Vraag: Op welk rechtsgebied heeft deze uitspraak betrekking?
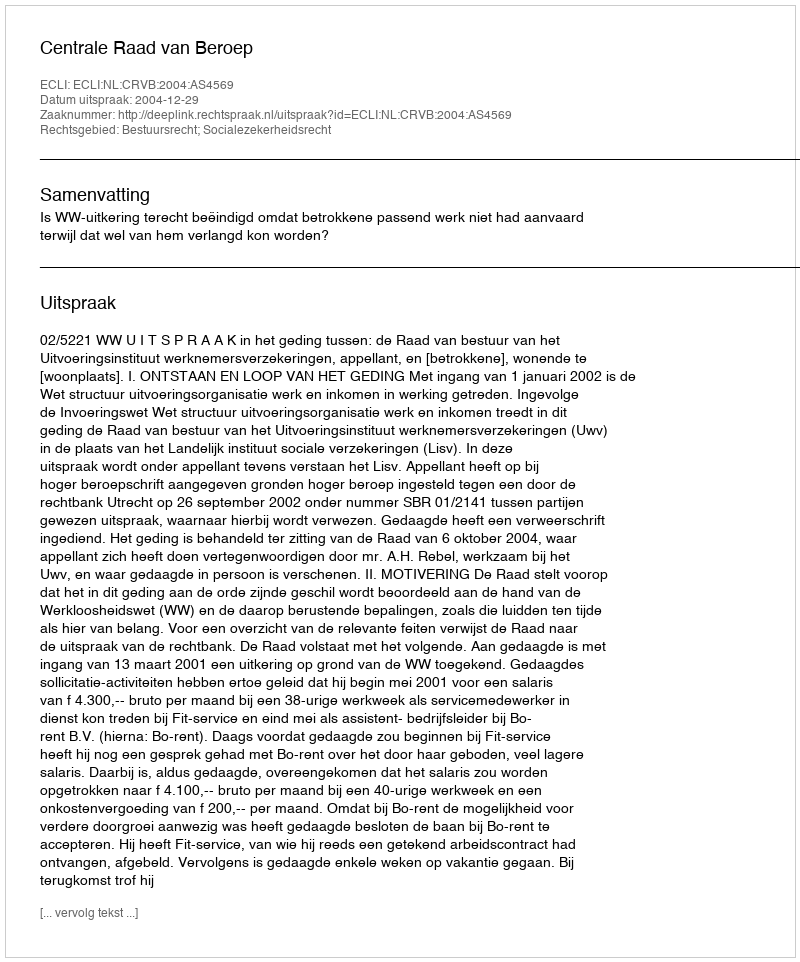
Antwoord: Bestuursrecht; Socialezekerheidsrecht